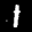
Label: 1